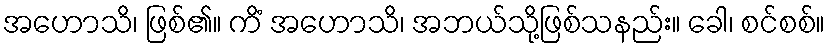
အဟောသိ၊ ဖြစ်၏။ ကိံ အဟောသိ၊ အဘယ်သို့ဖြစ်သနည်း။ ခေါ၊ စင်စစ်။